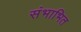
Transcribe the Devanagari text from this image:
संभाभित